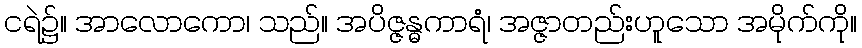
ငရဲ၌။ အာလောကော၊ သည်။ အပိဇ္ဇန္ဓကာရံ၊ အဇ္ဇာတည်းဟူသော အမိုက်ကို။